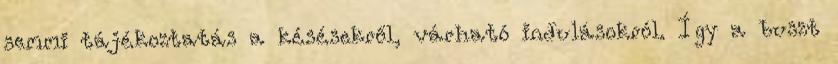
semmi tájékoztatás a késésekről, várható indulásokról. Így a buszt